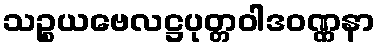
သဉ္စယဗေလဋ္ဌပုတ္တဝါဒဝဏ္ဏနာ